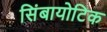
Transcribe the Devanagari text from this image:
सिंबायोटिक